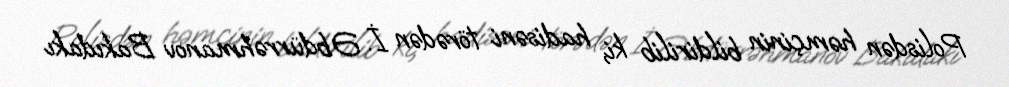
Polisdən həmçinin bildirilib ki, hadisəni törədən İ. Əbdürrəhmanov Bakıdakı